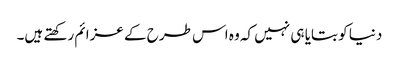
دنیا کو بتایا ہی نہیں کہ وہ اس طرح کے عزائم رکھتے ہیں۔